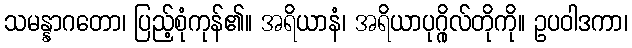
သမန္နာဂတော၊ ပြည့်စုံကုန်၏။ အရိယာနံ၊ အရိယာပုဂ္ဂိုလ်တိုကို။ ဥပဝါဒကာ၊